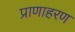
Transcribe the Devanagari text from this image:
प्राणाहरण